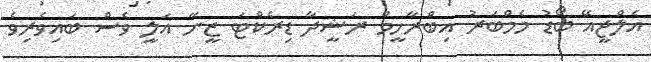
އެލްޖީއޭ ބޯޑު މެމްބަރު އިބްރާހީމް ރަޝީދާ ޑިރެކްޓަ ޒީނާ އަލީ ވެސް ބައިވެރިވެ